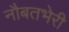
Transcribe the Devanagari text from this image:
नौबतभेरी